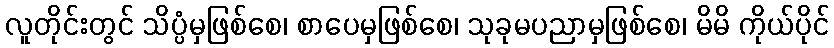
လူတိုင်းတွင် သိပ္ပံမှဖြစ်စေ၊ စာပေမှဖြစ်စေ၊ သုခုမပညာမှဖြစ်စေ၊ မိမိ ကိုယ်ပိုင်